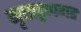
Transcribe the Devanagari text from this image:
नृपाड्गणगत